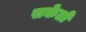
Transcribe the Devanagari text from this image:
सकेतों